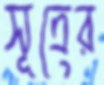
সূত্রের